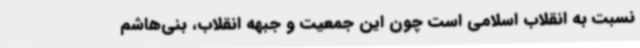
نسبت به انقلاب اسلامی‌ است چون این جمعیت و جبهه انقلاب، بنی‌هاشم